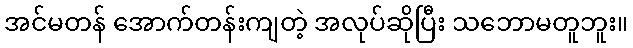
အင်မတန် အောက်တန်းကျတဲ့ အလုပ်ဆိုပြီး သဘောမတူဘူး။